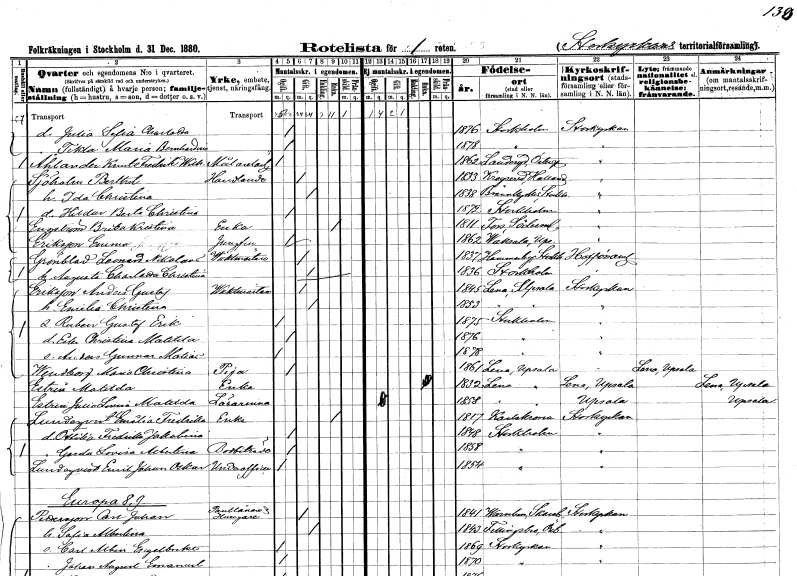
gt_parse: households: individuals: FN: Julia Sofia Charlotta
KON: K
CIV: O
FODAR: 1876
FODFORS: Stockholm
FN: Tekla Maria Bernhardina
KON: K
CIV: O
FODAR: 1878
FODFORS: Stockholm
FN: Knut Fredrik Wilhelm
EN: Åhlander
YRKE: Målarelärling
KON: M
CIV: O
FODAR: 1862
FODFORS: Landeryd Östergötlands län
FN: Berthil
EN: Sjöholm
YRKE: Handlande
KON: M
CIV: G
FODAR: 1833
FODFORS: Krogsered Hallands län
FN: Ida Christina
KON: K
CIV: G
FODAR: 1838
FODFORS: Brännkyrka Stockholms län
FN: Hildur Berta Christina
KON: K
CIV: O
FODAR: 1872
FODFORS: Stockholm
FN: Britta Kristina
EN: Engström
YRKE: Änka
KON: K
CIV: E
FODAR: 1811
FODFORS: Fors Södermanlands län
FN: Emma
EN: Eriksson
YRKE: Jungfru
KON: K
CIV: O
FODAR: 1862
FODFORS: Vaksala Uppsala län
FN: Leonard Nikolaus
EN: Grönblad
YRKE: Vaktmästare
KON: M
CIV: G
FODAR: 1837
FODFORS: Hammarby Stockholms län
FN: Augusta Charlotta Christina
KON: K
CIV: G
FODAR: 1836
FODFORS: Stockholm
FN: Anders Gustaf
EN: Eriksson
YRKE: Vaktmästare
KON: M
CIV: G
FODAR: 1845
FODFORS: Lena Uppsala län
FN: Emilia Christina
KON: K
CIV: G
FODAR: 1853
FODFORS: Lena Uppsala län
FN: Ruben Gustaf Erik
KON: M
CIV: O
FODAR: 1875
FODFORS: Stockholm
FN: Elin Christina Matilda
KON: K
CIV: O
FODAR: 1876
FODFORS: Stockholm
FN: Anders Gunnar Matias
KON: M
CIV: O
FODAR: 1878
FODFORS: Stockholm
FN: Maria Christina
EN: Wendberg
YRKE: Piga
KON: K
CIV: O
FODAR: 1861
FODFORS: Lena Uppsala län
FN: Matilda
EN: Estrin
YRKE: Änka
KON: K
CIV: E
FODAR: 1832
FODFORS: Lena Uppsala län
FN: Julia Lovisa Matilda
EN: Estrin
YRKE: Lärarinna
KON: K
CIV: O
FODAR: 1858
FODFORS: Lena Uppsala län
FN: Emilia Fredrika
EN: Lundqvist
YRKE: Änka
KON: K
CIV: E
FODAR: 1817
FODFORS: Karlskrona Blekinge län
FN: Ottilia Fredrika Jakobina
KON: K
CIV: O
FODAR: 1848
FODFORS: Stockholm
FN: Gerda Lovisa Albertina
YRKE: Bodbiträde
KON: K
CIV: O
FODAR: 1858
FODFORS: Stockholm
FN: Emil Johan Oskar
EN: Lundqvist
YRKE: Underofficer
KON: M
CIV: O
FODAR: 1854
FODFORS: Stockholm